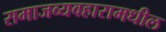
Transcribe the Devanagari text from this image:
समाजव्यवहारामधील